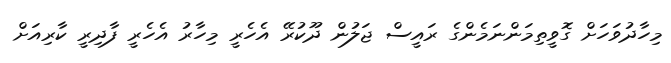
މިހާދުވަހަށް ގޮވީތިމަންނަމެންގެ ރައީސް ޖަލުން ދޫކުރޭ އެހެރީ މިހާރު އެހެރީ ފާދިރީ ކާރިއަށް